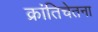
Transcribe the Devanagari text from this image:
क्रांतिचेतना